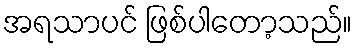
အရသာပင် ဖြစ်ပါတော့သည်။